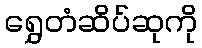
ရွှေတံဆိပ်ဆုကို